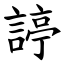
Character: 諪